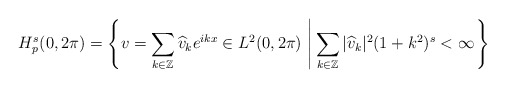
\begin{align*}H^s_p(0,2\pi)=\left\{ v=\sum_{k\in\mathbb{Z}} \widehat{v}_ke^{ikx} \in L^2(0,2\pi)\, \left| \,\sum_{k\in\mathbb{Z}}|\widehat{v}_k|^2(1+k^2)^s <\infty\right.\right\}\end{align*}